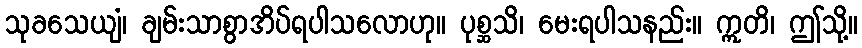
သုခသေယျံ၊ ချမ်းသာစွာအိပ်ရပါသလောဟု။ ပုစ္ဆသိ၊ မေးရပါသနည်း။ ဣတိ၊ ဤသို့။